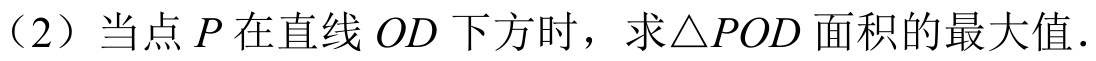
（2）当点 \(P\) 在直线 \(OD\) 下方时，求\(\triangle POD\) 面积的最大值.